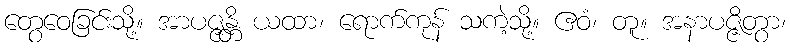
တွေဝေခြင်းသို့။ အာပဇ္ဇန္တိ ယထာ၊ ရောက်ကုန် သကဲ့သို့။ ဧဝံ၊ တူ။ အနာပဇ္ဇိတွာ၊